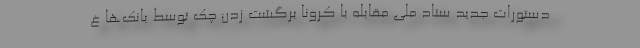
دستورات جدید ستاد ملی مقابله با کرونا برگشت زدن چک توسط بانک‌ها غ